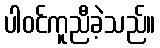
ပါဝင်ကူညီခဲ့သည်။